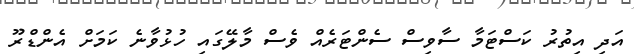
އަދި އިތުރު ކަސްޓަމާ ސާވިސް ސެންޓަރެއް ވެސް މާލޭގައި ހުޅުވާނެ ކަމަށް އެންޑްރޫ